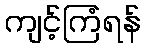
ကျင့်ကြံရန်